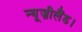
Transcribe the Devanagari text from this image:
न्यूज़ीलैंड।